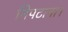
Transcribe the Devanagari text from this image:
निपटाना।